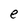
Character: e